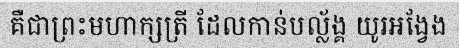
គឺជាព្រះមហាក្សត្រី ដែលកាន់បល្ល័ង្គ យូរអង្វែង